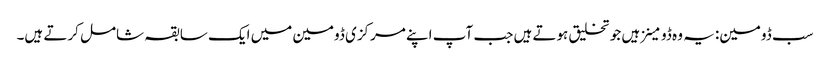
سب ڈومین: یہ وہ ڈومینز ہیں جو تخلیق ہوتے ہیں جب آپ اپنے مرکزی ڈومین میں ایک سابقہ ​​شامل کرتے ہیں۔